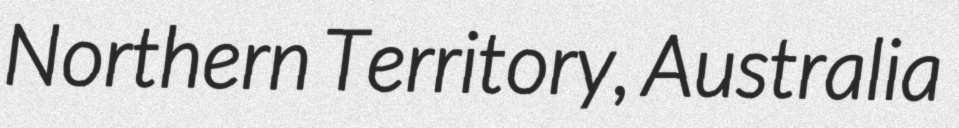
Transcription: Northern Territory, Australia